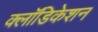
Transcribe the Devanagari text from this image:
क्लॉडिकेशन